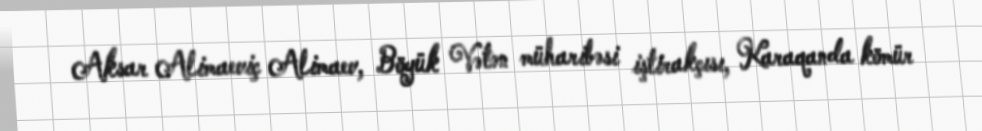
Aksar Alimaeviç Alimaev, Böyük Vətən müharibəsi iştirakçısı, Karaqanda kömür